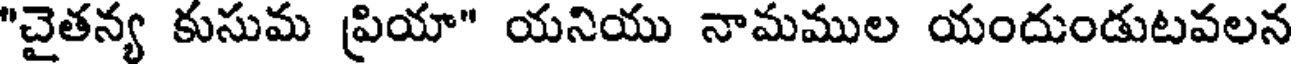
"చైతన్య కుసుమ ప్రియా" యనియు నామముల యందుండుటవలన